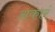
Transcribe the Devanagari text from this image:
अकारं